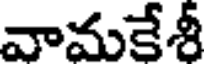
వామకేశీ